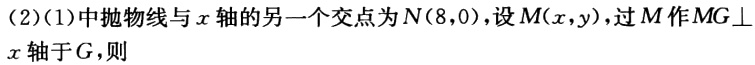
(2)(1)中抛物线与\(x\)轴的另一个交点为\(N(8,0)\)，设\(M(x,y)\)，过\(M\)作\(MG\perp x\)轴于\(G\)，则